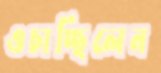
ওচাচ্ছিলেন